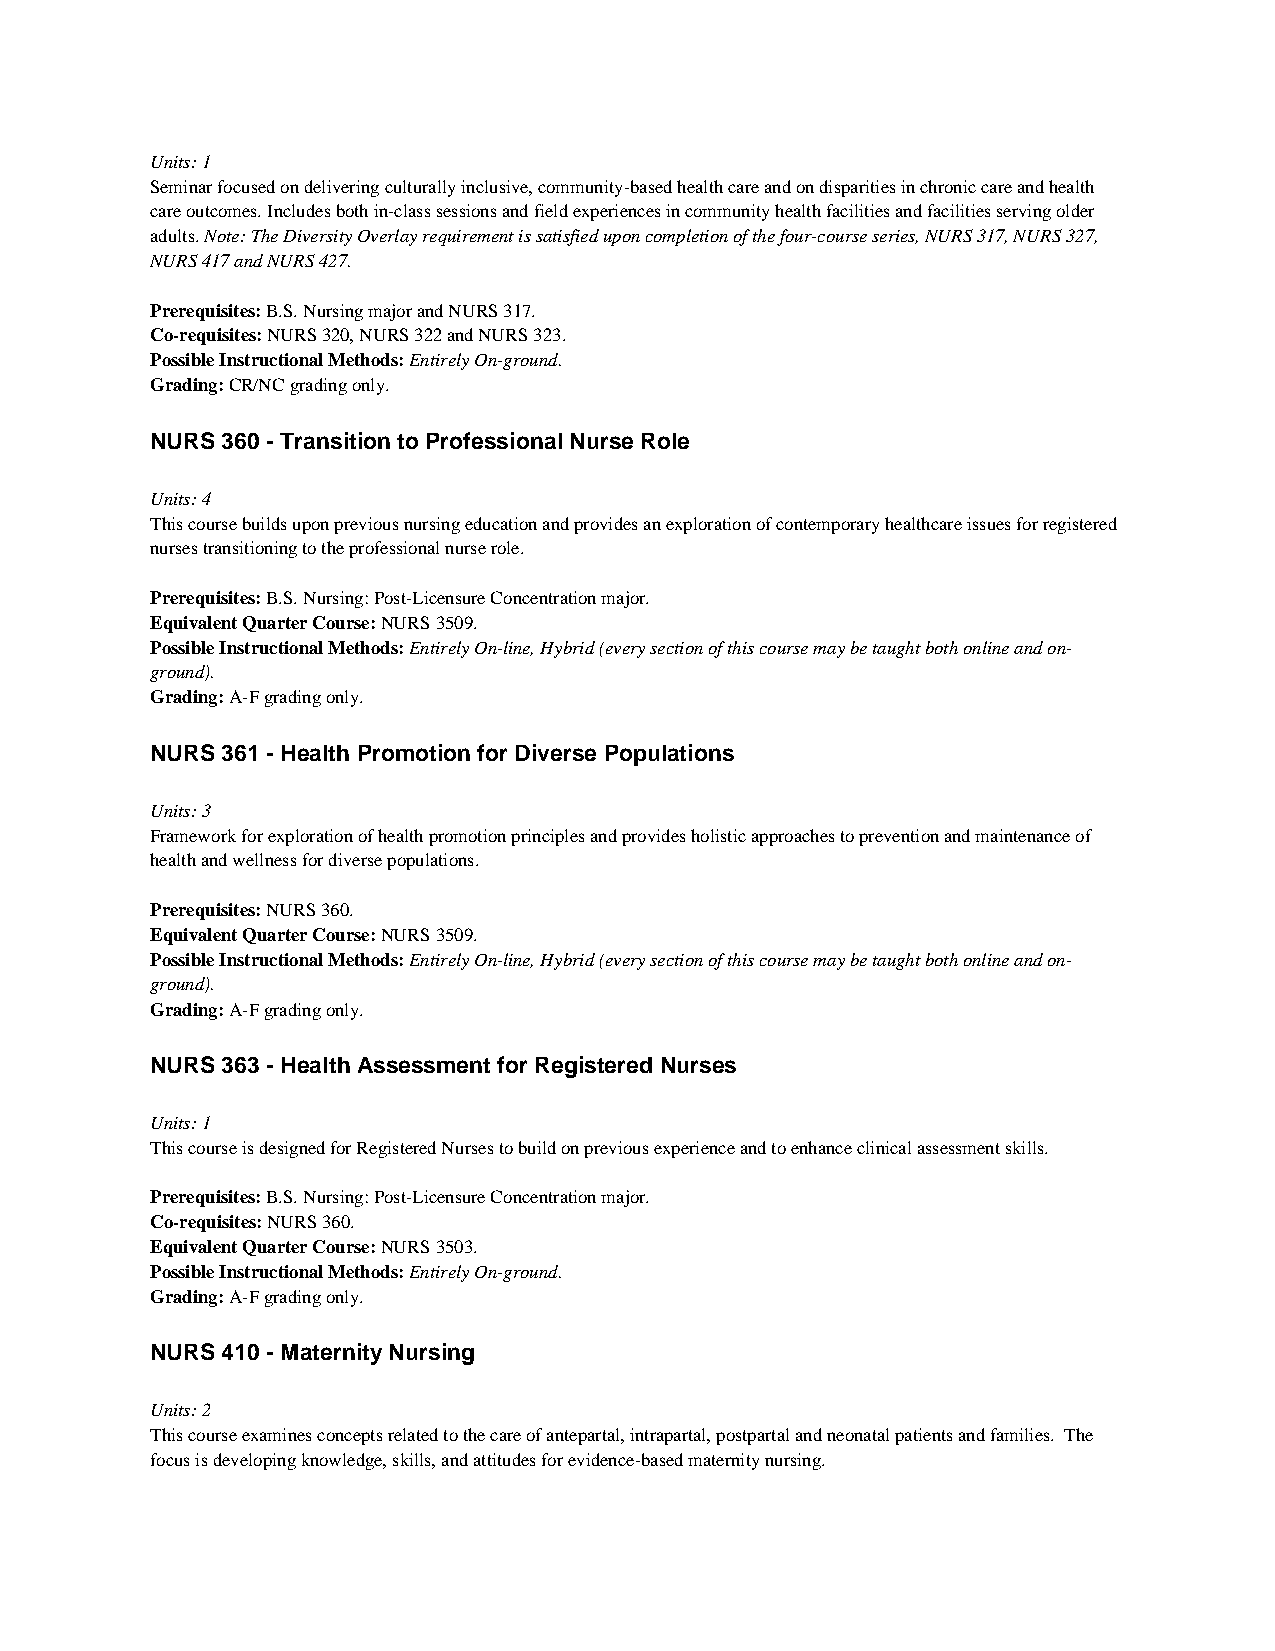
Units: 1
 Seminar focused on delivering culturally inclusive, community-based health care and on disparities in chronic care and health
 care outcomes. Includes both in-class sessions and field experiences in community health facilities and facilities serving older
 adults. Note: The Diversity Overlay requirement is satisfied upon completion of the four-course series, NURS 317, NURS 327,
 NURS 417 and NURS 427.
 Prerequisites: B.S. Nursing major and NURS 317.
 Co-requisites: NURS 320, NURS 322 and NURS 323.
 Possible Instructional Methods: Entirely On-ground.
 Grading: CR/NC grading only.
 NURS 360 - Transition to Professional Nurse Role
 Units: 4
 This course builds upon previous nursing education and provides an exploration of contemporary healthcare issues for registered
 nurses transitioning to the professional nurse role.
 Prerequisites: B.S. Nursing: Post-Licensure Concentration major.
 Equivalent Quarter Course: NURS 3509.
 Possible Instructional Methods: Entirely On-line, Hybrid (every section of this course may be taught both online and on-
 ground).
 Grading: A-F grading only.
 NURS 361 - Health Promotion for Diverse Populations
 Units: 3
 Framework for exploration of health promotion principles and provides holistic approaches to prevention and maintenance of
 health and wellness for diverse populations.
 Prerequisites: NURS 360.
 Equivalent Quarter Course: NURS 3509.
 Possible Instructional Methods: Entirely On-line, Hybrid (every section of this course may be taught both online and on-
 ground).
 Grading: A-F grading only.
 NURS 363 - Health Assessment for Registered Nurses
 Units: 1
 This course is designed for Registered Nurses to build on previous experience and to enhance clinical assessment skills.
 Prerequisites: B.S. Nursing: Post-Licensure Concentration major.
 Co-requisites: NURS 360.
 Equivalent Quarter Course: NURS 3503.
 Possible Instructional Methods: Entirely On-ground.
 Grading: A-F grading only.
 NURS 410 - Maternity Nursing
 Units: 2
 This course examines concepts related to the care of antepartal, intrapartal, postpartal and neonatal patients and families. The
 focus is developing knowledge, skills, and attitudes for evidence-based maternity nursing.